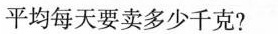
平均每天要卖多少千克?